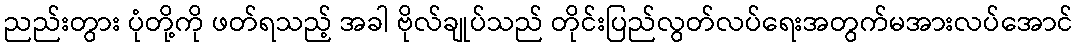
ညည်းတွား ပုံတို့ကို ဖတ်ရသည့် အခါ ဗိုလ်ချုပ်သည် တိုင်းပြည်လွတ်လပ်ရေးအတွက်မအားလပ်အောင်